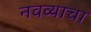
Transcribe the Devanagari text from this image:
नवव्याचा